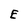
Character: E